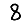
Digit: 8